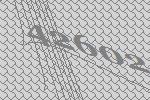
42602